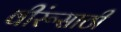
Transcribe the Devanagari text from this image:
वीरूंसाठी